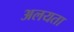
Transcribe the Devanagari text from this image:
अलयता